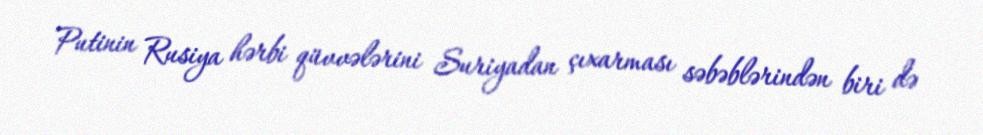
Putinin Rusiya hərbi qüvvələrini Suriyadan çıxarması səbəblərindən biri də